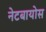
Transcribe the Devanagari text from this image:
नेटबायोस